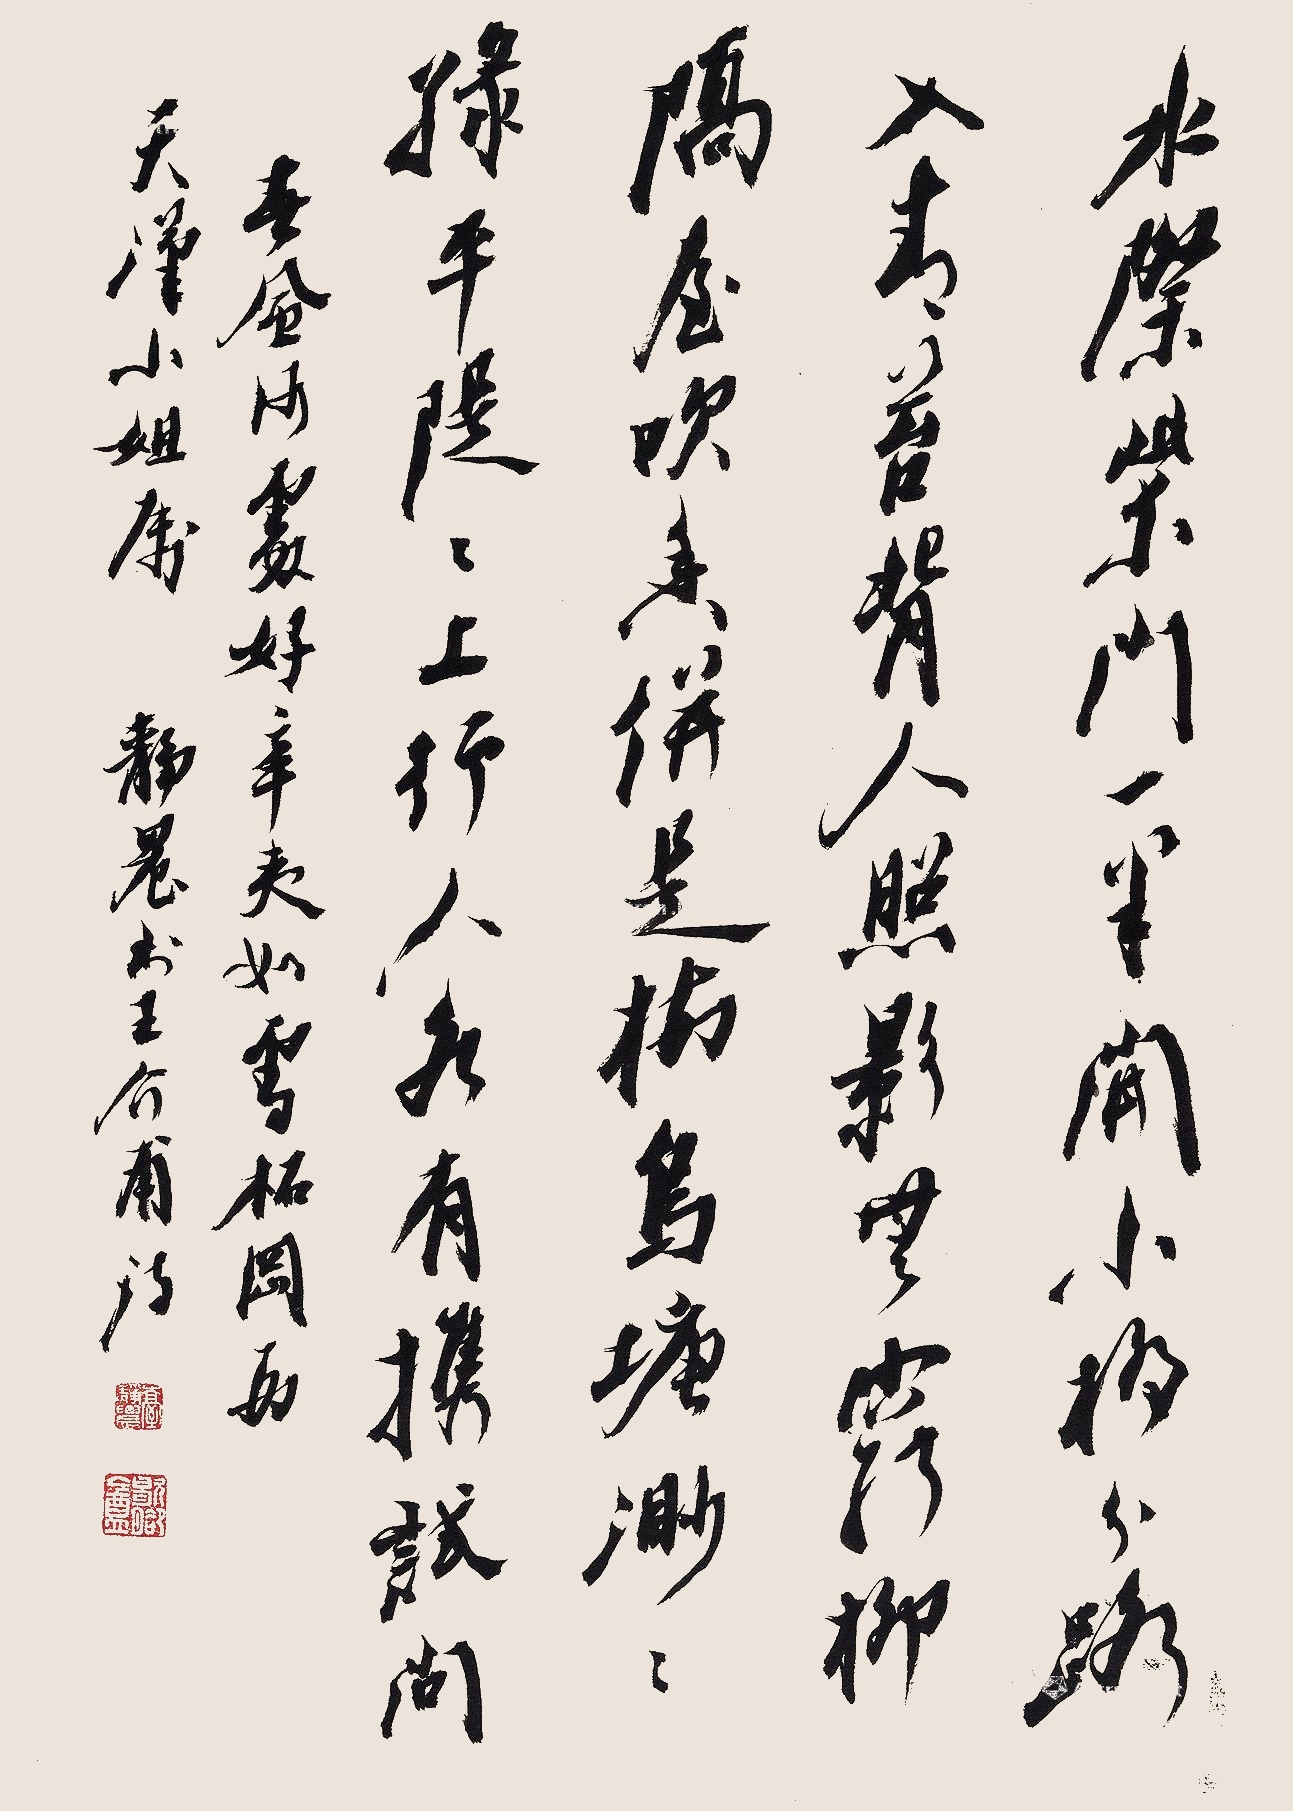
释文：水际柴门一半开，小桥分路入青苔。背人照影无穷柳，隔屋吹香并是梅。乌塘渺渺绿平堤，堤上行人各有携。试问春风何处好？辛夷如雪柘冈西。天汉小姐属。静农书王介甫诗。